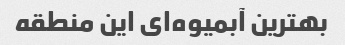
بهترین آبمیوه‌ای این منطقه